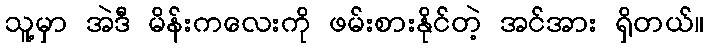
သူ့မှာ အဲဒီ မိန်းကလေးကို ဖမ်းစားနိုင်တဲ့ အင်အား ရှိတယ်။